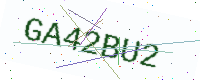
Text: GA42BU2